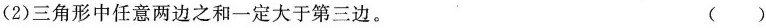
(2)三角形中任意两边之和一定大于第三边。 ()